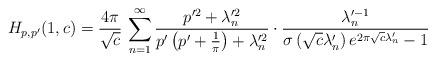
LaTeX: \begin{align*}H_{p,p^{\prime}}(1,c)=\frac{4\pi}{\sqrt{c}}\,\sum_{n=1}^{\infty}\frac{p^{\prime2}+\lambda_{n}^{\prime2}}{p^{\prime}\left(p^{\prime}+\frac{1}{\pi}\right)+\lambda_{n}^{\prime2}}\cdot\frac{\lambda_{n}^{\prime-1}}{\sigma\left(\sqrt{c}\lambda_{n}^{\prime}\right)e^{2\pi\sqrt{c}\lambda_{n}^{\prime}}-1}\end{align*}